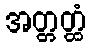
အတ္တတ္ထံ